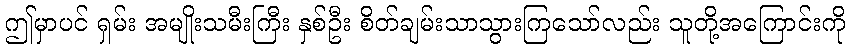
ဤမှာပင် ရှမ်း အမျိုးသမီးကြီး နှစ်ဦး စိတ်ချမ်းသာသွားကြသော်လည်း သူတို့အကြောင်းကို